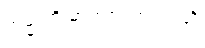
အမ္မာတိ မာတရံ အာလပတိ